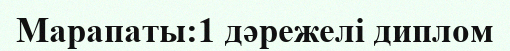
Марапаты:1 дәрежелі диплом